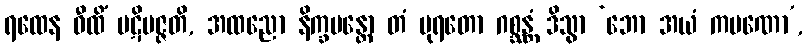
ရထေန ဝီထိံ ပဋိပဇ္ဇတိ, အထညော နိက္ခမန္တော တံ ပုရတော ဂစ္ဆန္တံ ဒိသွာ ‘ဘော အယံ ကပဏော’,